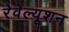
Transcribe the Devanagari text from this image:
रेवेल्यूशन